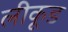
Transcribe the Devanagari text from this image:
लीकूड